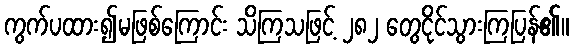
ကွက်ပထား၍မဖြစ်ကြောင်း သိကြသဖြင့် ၂၈၂ တွေငိုင်သွားကြပြန်၏။